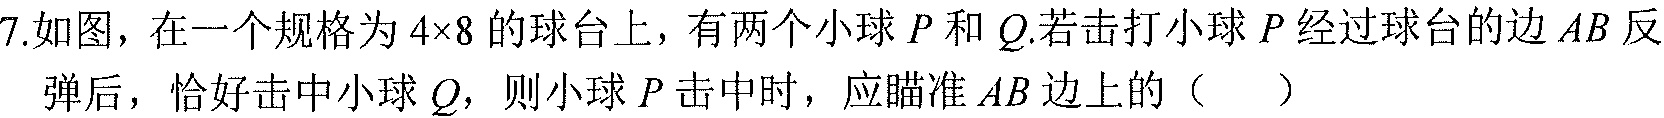
7.如图，在一个规格为$4\times8$的球台上，有两个小球$P$和$Q$.若击打小球$P$经过球台的边$AB$反弹后，恰好击中小球$Q$，则小球$P$击中时，应瞄准$AB$边上的（  ）